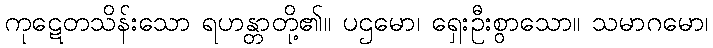
ကုဋေတသိန်းသော ရဟန္တာတို့၏။ ပဌမော၊ ရှေးဦးစွာသော။ သမာဂမော၊